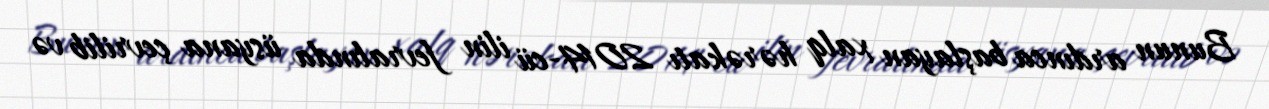
Bunun ardınca başlayan xalq hərəkatı 2014-cü ilin fevralında üsyana çevrilib və